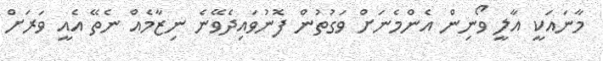
މާނައަކީ އާލީ ވޯނިން އެންމެނަށް ވަގުތުން ފޮނުވައިދެވޭނެ ނިޒާމެއް ނެތޭ އެއީ ވަރަށް